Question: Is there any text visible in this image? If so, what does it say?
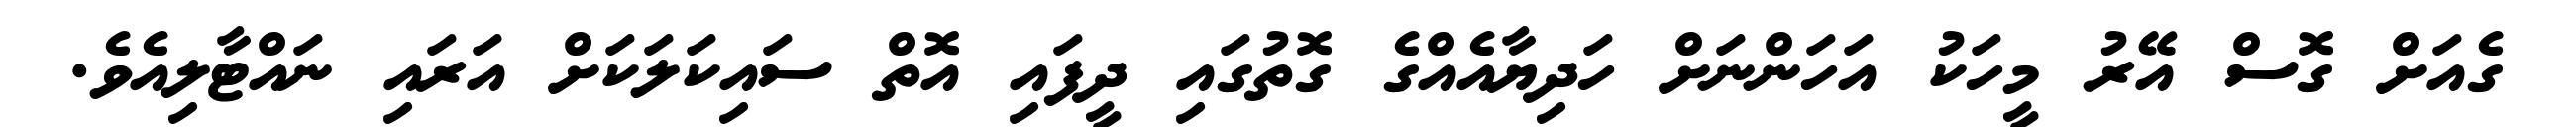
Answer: ގެއަށް ގޮސް އޭރު މީހަކު އަހަންނަށް ހަދިޔާއެއްގެ ގޮތުގައި ދީފައި އޮތް ސައިކަލަކަށް އަރައި ނައްޓާލިއެވެ.